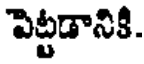
పెట్టడానికి.